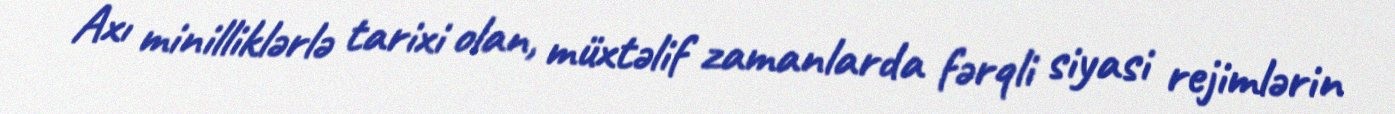
Axı minilliklərlə tarixi olan, müxtəlif zamanlarda fərqli siyasi rejimlərin